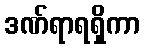
ဒဏ်ရာရရှိကာ